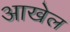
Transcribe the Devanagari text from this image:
आखेल